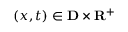
( x , t ) \in \mathbf { D } \times \mathbf { R } ^ { + }